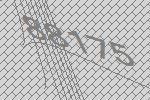
88175